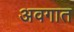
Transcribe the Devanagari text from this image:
अवगात